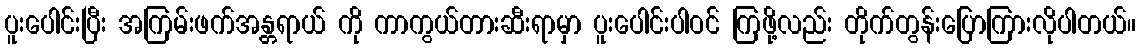
ပူးပေါင်းပြီး အကြမ်းဖက်အန္တရာယ် ကို ကာကွယ်တားဆီးရာမှာ ပူးပေါင်းပါဝင် ကြဖို့လည်း တိုက်တွန်းပြောကြားလိုပါတယ်။